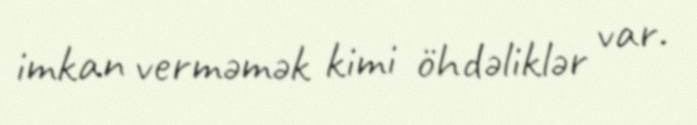
imkan verməmək kimi öhdəliklər var.